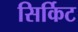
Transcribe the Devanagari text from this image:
सिर्किट